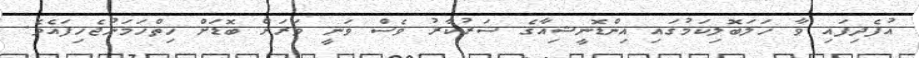
އުފެދިފައި ވާ ހަލަބޮލިކަމުގައި އިންޑޮނީޝިއާގެ ސަރުކާރު ވެސް ވަނީ ވަރަށް ބޮޑަށް ހިތްހަމަނުޖެހިފައެވެ.